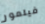
فيلمور